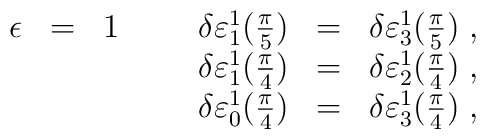
\begin{array}{lcrcl}\epsilon&=&1\hspace{10mm}\delta\varepsilon^{1}_{1}(\frac{\pi}{5})&=&\delta\varepsilon^{1}_{3}(\frac{\pi}{5})\;,\\ &&\delta\varepsilon^{1}_{1}(\frac{\pi}{4})&=&\delta\varepsilon^{1}_{2}(\frac{\pi}{4})\;,\\ &&\delta\varepsilon^{1}_{0}(\frac{\pi}{4})&=&\delta\varepsilon^{1}_{3}(\frac{\pi}{4})\;, \end{array}